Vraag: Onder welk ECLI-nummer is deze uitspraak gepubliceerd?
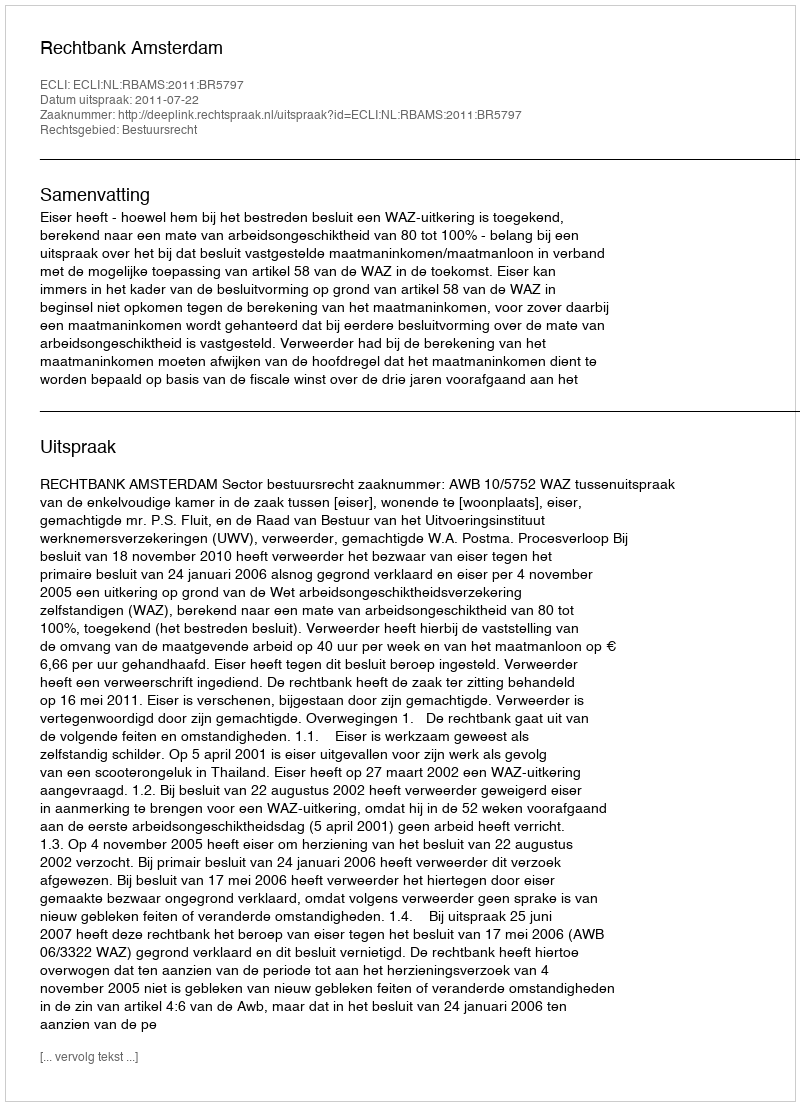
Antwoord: ECLI:NL:RBAMS:2011:BR5797